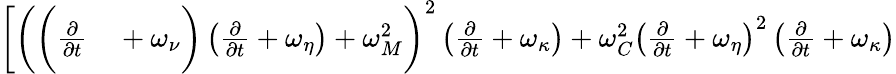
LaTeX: \begin{array}{rl}{\bigg[\bigg(\bigg(\frac{\partial}{\partial{t}}}&{{}+\omega_{\nu}\bigg)\left(\frac{\partial}{\partial{t}}+\omega_{\eta}\right)+\omega_{M}^{2}\bigg)^{2}\left(\frac{\partial}{\partial{t}}+\omega_{\kappa}\right)+\omega_{C}^{2}\left(\frac{\partial}{\partial{t}}+\omega_{\eta}\right)^{2}\left(\frac{\partial}{\partial{t}}+\omega_{\kappa}\right)}\end{array}